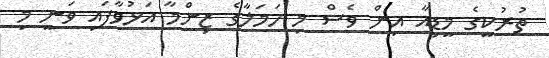
ތުރުކީގެ މީޑިއާ އިން ވެސް މި ހަމަލާގެ ޒިންމާ އަޅުވާފައި ވަނީ މި